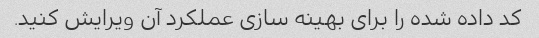
کد داده شده را برای بهینه سازی عملکرد آن ویرایش کنید.